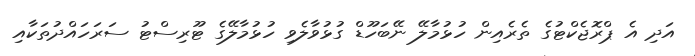
އަދި އެ ޕްރޮޖެކްޓުގެ ތެރެއިން ހުޅުމާލޭ ނޭބަހޫޑް ގުޅުވާލެވި ހުޅުމާލޭގެ ޓޫރިސްޓު ސަރަހައްދުތަކާއި